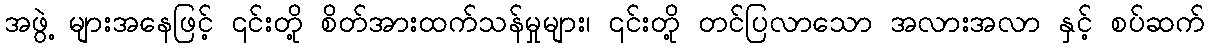
အဖွဲ့ များအနေဖြင့် ၎င်းတို့ စိတ်အားထက်သန်မှုများ၊ ၎င်းတို့ တင်ပြလာသော အလားအလာ နှင့် စပ်ဆက်